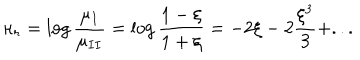
\kappa _ { r } = \log { \frac { \mu _ { I } } { \mu _ { I I } } } = \log { \frac { 1 - \xi } { 1 + \xi } } = - 2 \xi - 2 { \frac { \xi ^ { 3 } } { 3 } } + . . .